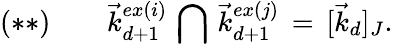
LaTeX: (**)\, \, \, \, \, \, \, \, \, \, \, \, \vec{k}_{d+1}^{ex(i)}\, \bigcap\, \vec{k}_{d+1}^{ex(j)}\, =\, [\vec{k}_{d}]_{J}.